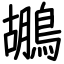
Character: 鶘